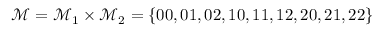
\mathcal { M } = \mathcal { M } _ { 1 } \times \mathcal { M } _ { 2 } = \{ 0 0 , 0 1 , 0 2 , 1 0 , 1 1 , 1 2 , 2 0 , 2 1 , 2 2 \}